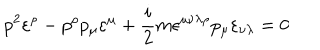
LaTeX: p ^ { 2 } \varepsilon ^ { \rho } - p ^ { \rho } p _ { \mu } \varepsilon ^ { \mu } + \frac { i } { 2 } m \epsilon ^ { \mu \nu \lambda \rho } p _ { \mu } \varepsilon _ { \nu \lambda } = 0